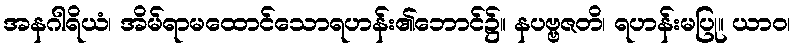
အနဂါရိယံ၊ အိမ်ရာမထောင်သောရဟန်း၏ဘောင်၌။ နပဗ္ဗဇတိ၊ ရဟန်းမပြု။ ယာဝ၊